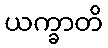
ယက္ခာတိ